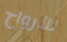
للأرواح